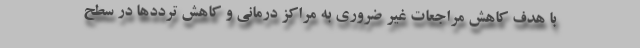
با هدف کاهش مراجعات غیر ضروری به مراکز درمانی و کاهش ترددها در سطح